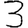
Digit: 3